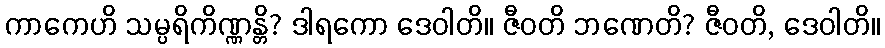
ကာကေဟိ သမ္ပရိကိဏ္ဏန္တိ? ဒါရကော ဒေဝါတိ။ ဇီဝတိ ဘဏေတိ? ဇီဝတိ, ဒေဝါတိ။